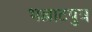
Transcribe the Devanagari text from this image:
भल्लाटपुत्र